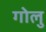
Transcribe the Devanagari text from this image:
गोलु